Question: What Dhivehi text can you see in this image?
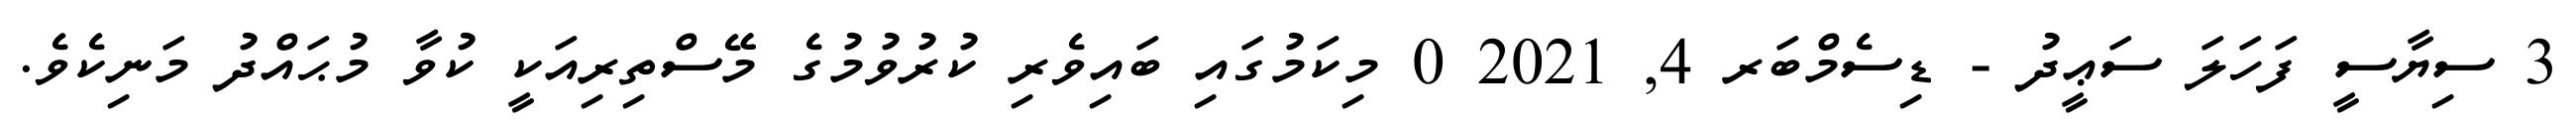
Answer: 3 ސިޔާސީ ފަހަލަ ސަޢީދު - ޑިސެމްބަރ 4, 2021 0 މިކަމުގައި ބައިވެރި ކުރުވުމުގެ މޭސްތިރިއަކީ ކުވާ މުޙައްދު މަނިކެވެ.